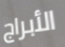
الأبراج